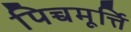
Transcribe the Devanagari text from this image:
पिच्चमूर्त्ति